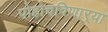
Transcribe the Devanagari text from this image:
पोहोचविणा्र्‍या